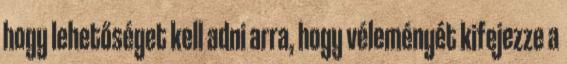
hogy lehetőséget kell adni arra, hogy véleményét kifejezze a